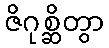
ဇိဂုစ္ဆိတွာ